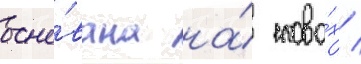
осно́вана на́ слова́х /